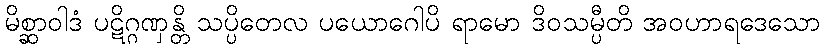
မိစ္ဆာဝါဒံ ပဋိဂ္ဂဏှန္တိ သပ္ပိတေလ ပယောဂေါပိ ရာမော ဒိဝသမ္ပီတိ အဝဟာရဒေသော